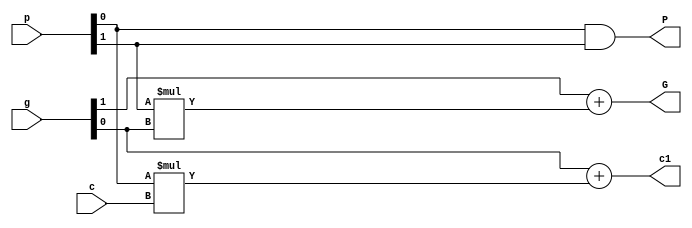
`timescale 1ns/1ps

module cla_node (
  input [2:0] p,
  input [2:0] g,
  input       c,      
  output      P,
  output      G,
  output      c1
);

   
   assign  P = p[0] & p[1];
   
   assign  G = g[1] + p[1]*g[0];
   
   assign  c1 = g[0] + p[0]*c;
   

endmodule